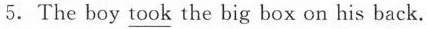
5.The boy \underline{took} the big box on his back.